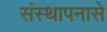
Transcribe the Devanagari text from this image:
संस्थापनासे